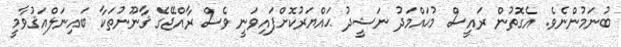
ބުނަމުންނެވެ. އެގޮތުން ރައީސް މުޙައްމަދު ނަޝީދު ޙައްޔަރުކޮށްފައިވަނީ ވެސް ރާއްޖޭގެ ޤާނޫނުތަކާ ބައިނަލްއަޤުވާމީ